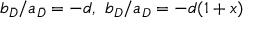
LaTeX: b _ { \bar { D } } / a _ { \bar { D } } = - d , \mathrm { ~ } b _ { D } / a _ { D } = - d ( 1 + x )